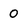
Character: 0